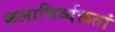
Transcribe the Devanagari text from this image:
कलाभिर्व्यक्ततां